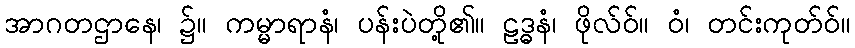
အာဂတဌာနေ၊ ၌။ ကမ္မာရာနံ၊ ပန်းပဲတို့၏။ ဠဒ္ဓနံ၊ ဖိုလ်ဝ်။ ဝံ၊ တင်းကုတ်ဝ်။